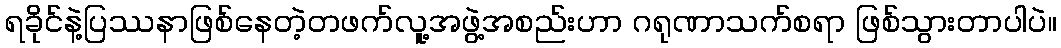
ရခိုင်နဲ့ပြဿနာဖြစ်နေတဲ့တဖက်လူ့အဖွဲ့အစည်းဟာ ဂရုဏာသက်စရာ ဖြစ်သွားတာပါပဲ။